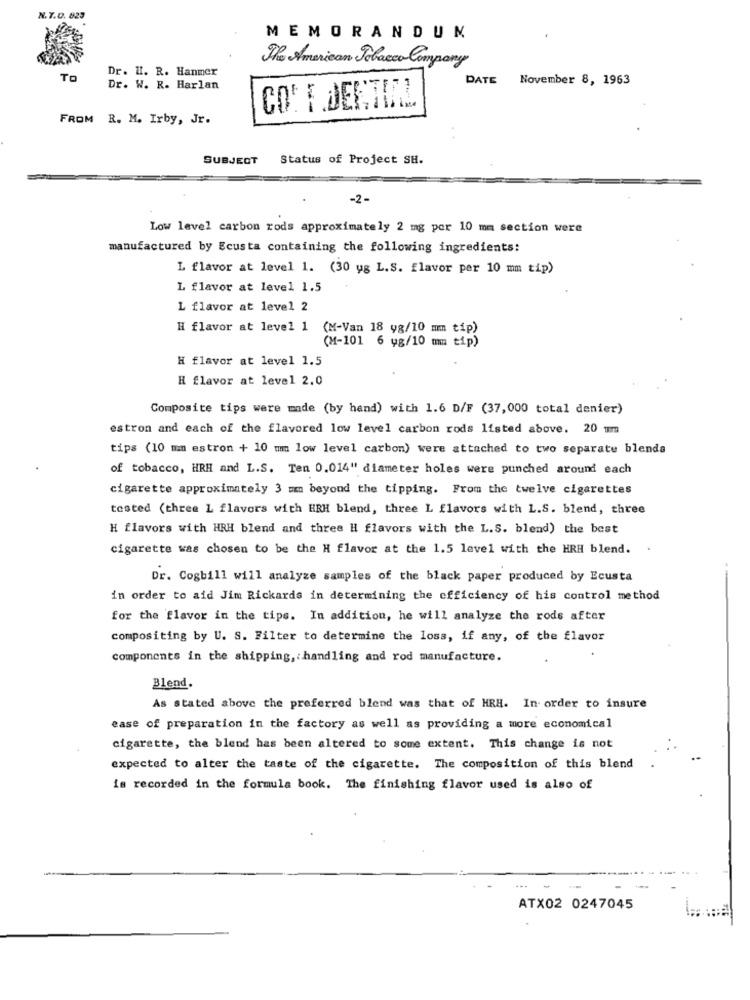
N.T.D. 823
MEMORANDUM
The American Tobacco Company
Dr. H. R. Hanmer
TO
DATE November 8, 1963
Dr. W. R. Harlan
FROM R. M. Irby, Jr.
SUBJECT
Status of Project SH.
-2-
Low level carbon rods approximately 2 mg por 10 mm section were
manufactured by Ecusta containing the following ingredients:
L flavor at level 1. (30 yg L.S. flavor per 10 mm tip)
L flavor at level 1.5
L flavor at level 2
H flavor at level 1
(M-Van 18 yg/10 mm tip)
(M-101 6 vg/10 mm tip)
H flavor at level 1.5
H flavor at level 2.0
Composite tips were made (by hand) with 1.6 D/F (37,000 total denier)
estron and each of the flavored low level carbon rods listed above. 20 mm
tips (10 mm estron + 10 mm low level carbon) were attached to two separate blends
of tobacco, HRH and L.S. Ten 0.014" diameter holes were punched around each
cigarette approximately 3 mm beyond the tipping. From the twelve cigarettes
tested (three L flavors with HRH blend, three L flavors with L.S. blend, three
H flavors with HRH blend and three I flavors with the L.S. blend) the best
cigarette was chosen to be the H flavor at the 1.5 level with the HRH blend.
Dr. Cogbill will analyze samples of the black paper produced by Ecusta
in order to aid Jim Rickards in determining the efficiency of his control method
for the flavor in the tips. In addition, he will analyze the rods after
compositing by U. S. Filter to determine the loss, if any, of the flavor
components in the shipping, handling and rod manufacture.
Blend.
As stated above the preferred blend was that of HRH. In order to insure
ease of preparation in the factory as well as providing a more economical
cigarette, the blend has been altered to some extent. This change is not
expected to alter the taste of the cigarette. The composition of this blend
is recorded in the formula book. The finishing flavor used is also of
ATX02 0247045